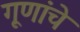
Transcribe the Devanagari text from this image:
गूणांचे